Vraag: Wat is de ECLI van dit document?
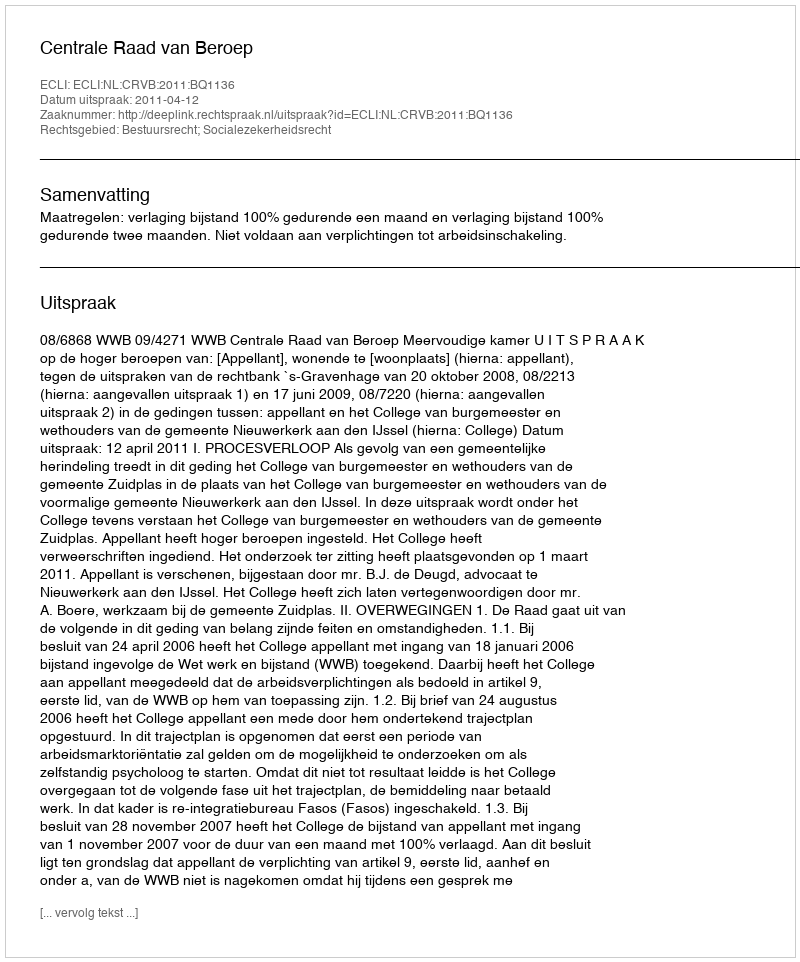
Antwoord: ECLI:NL:CRVB:2011:BQ1136